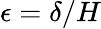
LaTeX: \epsilon=\delta/H